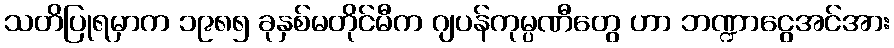
သတိပြုရမှာက ၁၉၈၅ ခုနှစ်မတိုင်မီက ဂျပန်ကုမ္ပဏီတွေ ဟာ ဘဏ္ဍာငွေအင်အား